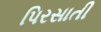
પિરસાતી